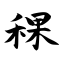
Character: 稞